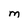
Character: M